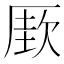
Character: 𰆡